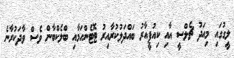
ލީގުގައި މިއަދު ޗެލްސީ އާއި ކިއުޕީއާރު ބައްދަލުކުރާއިރު ޓޮޓެންހަމާއި ބްލެކްބާން ވެސް ވާދަކުރާނެ